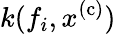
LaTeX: k(f_{i},x^{\mathrm{(c)}})